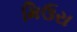
મિઉરા